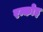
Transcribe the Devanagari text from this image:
रन्कोइ